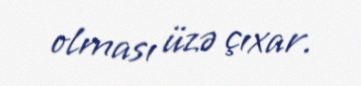
olması üzə çıxar.